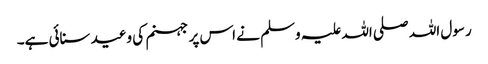
رسول اللہ صلی اللہ علیہ وسلم نے اس پر جہنم کی وعید سنائی ہے۔